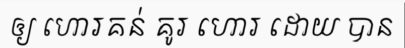
ឲ្យ ហោរគន់ គូរ ហោរ ដោយ បាន